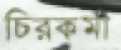
চিরকর্মা